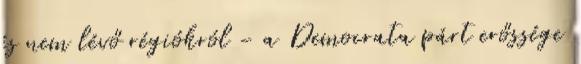
és nem lévő régiókról - a Democrata párt erőssége